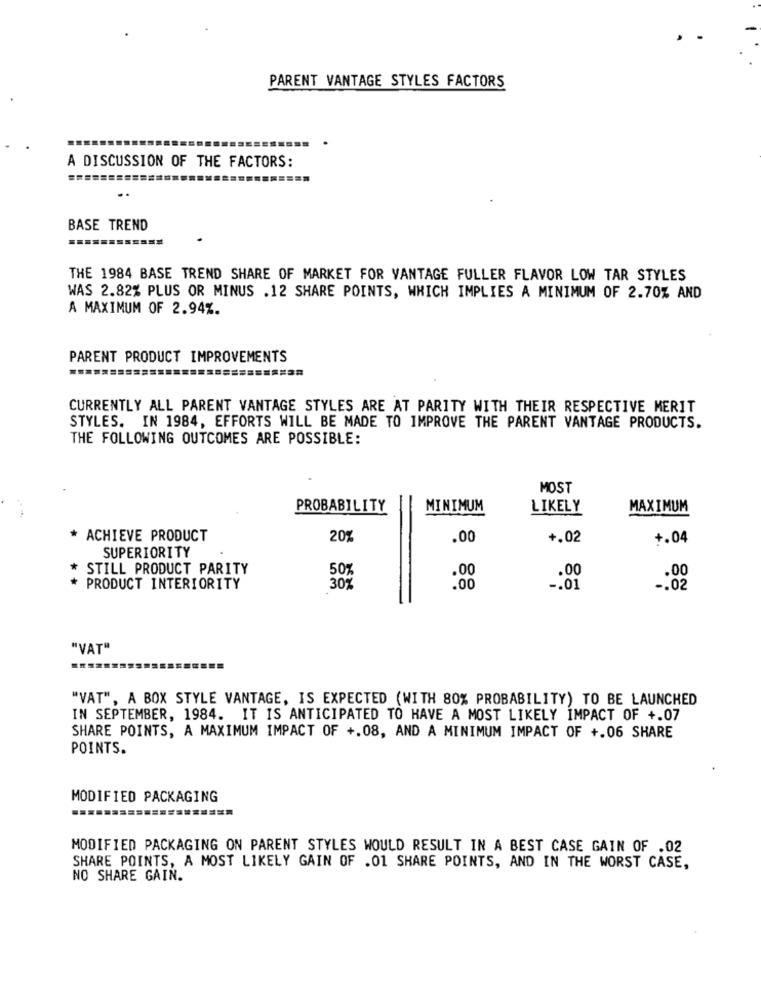
PARENT VANTAGE STYLES FACTORS
A DISCUSSION OF THE FACTORS:
..
BASE TREND
THE 1984 BASE TREND SHARE OF MARKET FOR VANTAGE FULLER FLAVOR LOW TAR STYLES
WAS 2.82% PLUS OR MINUS .12 SHARE POINTS, WHICH IMPLIES A MINIMUM OF 2.70% AND
A MAXIMUM OF 2.94%.
PARENT PRODUCT IMPROVEMENTS
CURRENTLY ALL PARENT VANTAGE STYLES ARE AT PARITY WITH THEIR RESPECTIVE MERIT
STYLES. IN 1984, EFFORTS WILL BE MADE TO IMPROVE THE PARENT VANTAGE PRODUCTS.
THE FOLLOWING OUTCOMES ARE POSSIBLE:
MOST
PROBABILITY
MINIMUM
LIKELY
MAXIMUM
* ACHIEVE PRODUCT
20%
.00
+.02
+.04
SUPERIORITY
* STILL PRODUCT PARITY
.00
.00
50%
.00
* PRODUCT INTERIORITY
30%
.00
-. 01
-. 02
"VAT"
"VAT", A BOX STYLE VANTAGE, IS EXPECTED (WITH 80% PROBABILITY) TO BE LAUNCHED
IN SEPTEMBER, 1984. IT IS ANTICIPATED TO HAVE A MOST LIKELY IMPACT OF +.07
SHARE POINTS, A MAXIMUM IMPACT OF +.08, AND A MINIMUM IMPACT OF +.06 SHARE
POINTS.
MODIFIED PACKAGING
MODIFIED PACKAGING ON PARENT STYLES WOULD RESULT IN A BEST CASE GAIN OF .02
SHARE POINTS, A MOST LIKELY GAIN OF .01 SHARE POINTS, AND IN THE WORST CASE,
NO SHARE GAIN.